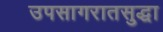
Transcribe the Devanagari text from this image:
उपसागरातसुद्धा